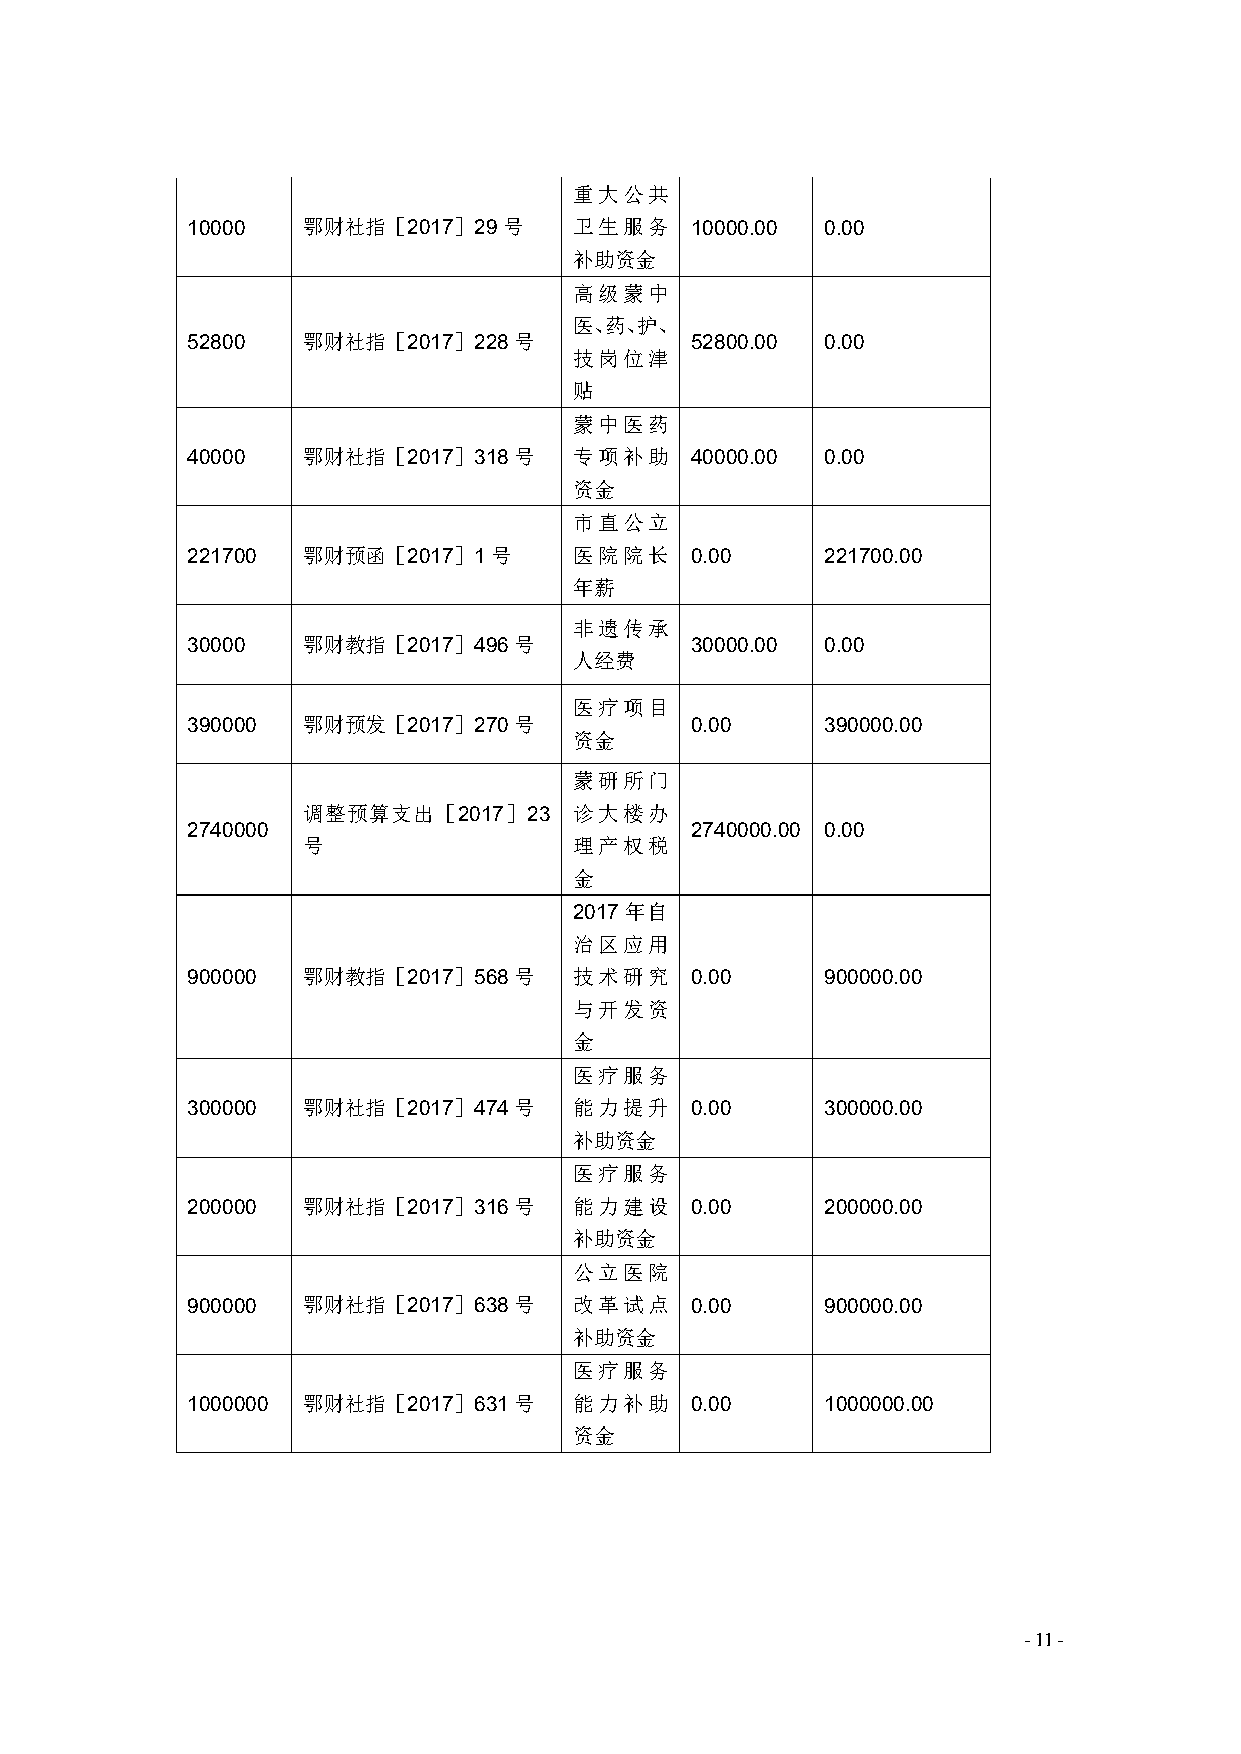
重大公共
 10000   鄂财社指［2017］29号     卫生服务    10000.00 0.00
 补助资金
 高级蒙中
 医、药、护、
 52800   鄂财社指［2017］228号            52800.00 0.00
 技岗位津
 贴
 蒙中医药
 40000   鄂财社指［2017］318号    专项补助    40000.00 0.00
 资金
 市直公立
 221700  鄂财预函［2017］1号      医院院长    0.00     221700.00
 年薪
 非遗传承
 30000   鄂财教指［2017］496号            30000.00 0.00
 人经费
 医疗项目
 390000  鄂财预发［2017］270号            0.00     390000.00
 资金
 蒙研所门
 调整预算支出［2017］23    诊大楼办
 2740000                           2740000.00 0.00
 号                 理产权税
 金
 2017 年自
 治区应用
 900000  鄂财教指［2017］568号    技术研究    0.00     900000.00
 与开发资
 金
 医疗服务
 300000  鄂财社指［2017］474号    能力提升    0.00     300000.00
 补助资金
 医疗服务
 200000  鄂财社指［2017］316号    能力建设    0.00     200000.00
 补助资金
 公立医院
 900000  鄂财社指［2017］638号    改革试点    0.00     900000.00
 补助资金
 医疗服务
 1000000 鄂财社指［2017］631号    能力补助    0.00     1000000.00
 资金
 -11-